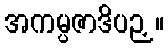
အကမ္ပဇာဒိပဉှ။